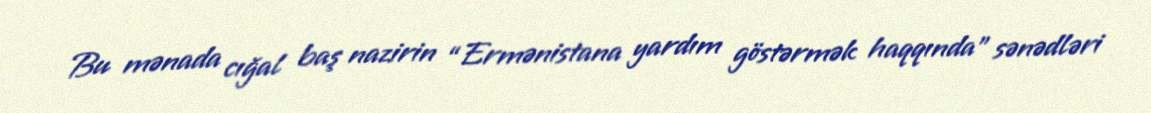
Bu mənada cığal baş nazirin “Ermənistana yardım göstərmək haqqında” sənədləri